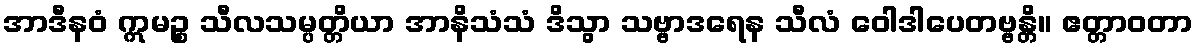
အာဒီနဝံ ဣမဉ္စ သီလသမ္ပတ္တိယာ အာနိသံသံ ဒိသွာ သဗ္ဗာဒရေန သီလံ ဝေါဒါပေတဗ္ဗန္တိ။ ဧတ္တာဝတာ